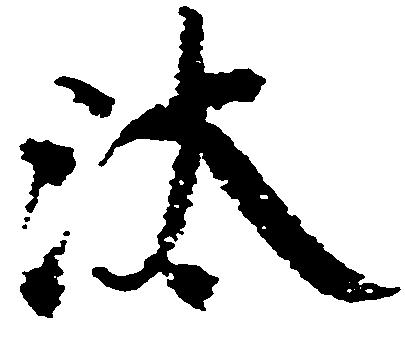
汰